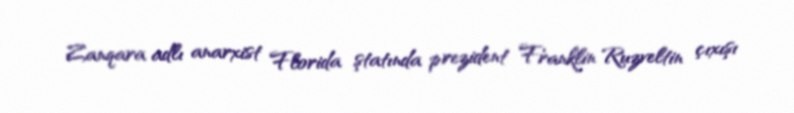
Zanqara adlı anarxist Florida ştatında prezident Franklin Ruzveltin çıxışı